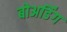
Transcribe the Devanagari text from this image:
बोअर्डिंग